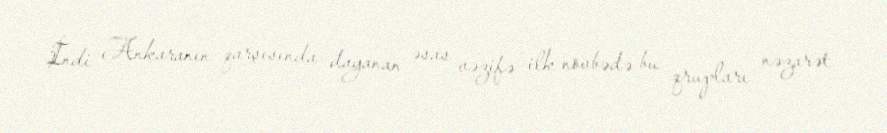
İndi Ankaranın qarşısında dayanan əsas vəzifə ilk növbədə bu qrupları nəzarət